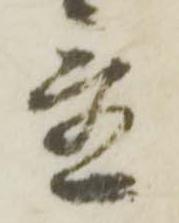
置